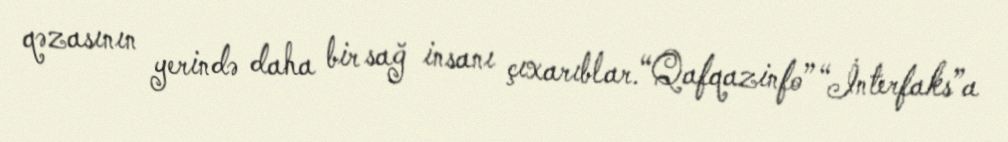
qəzasının yerində daha bir sağ insanı çıxarıblar.“Qafqazinfo” “İnterfaks”a